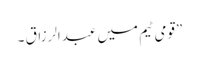
”قومی ٹیم میں عبدالرزاق ۔